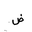
Letter: _dad